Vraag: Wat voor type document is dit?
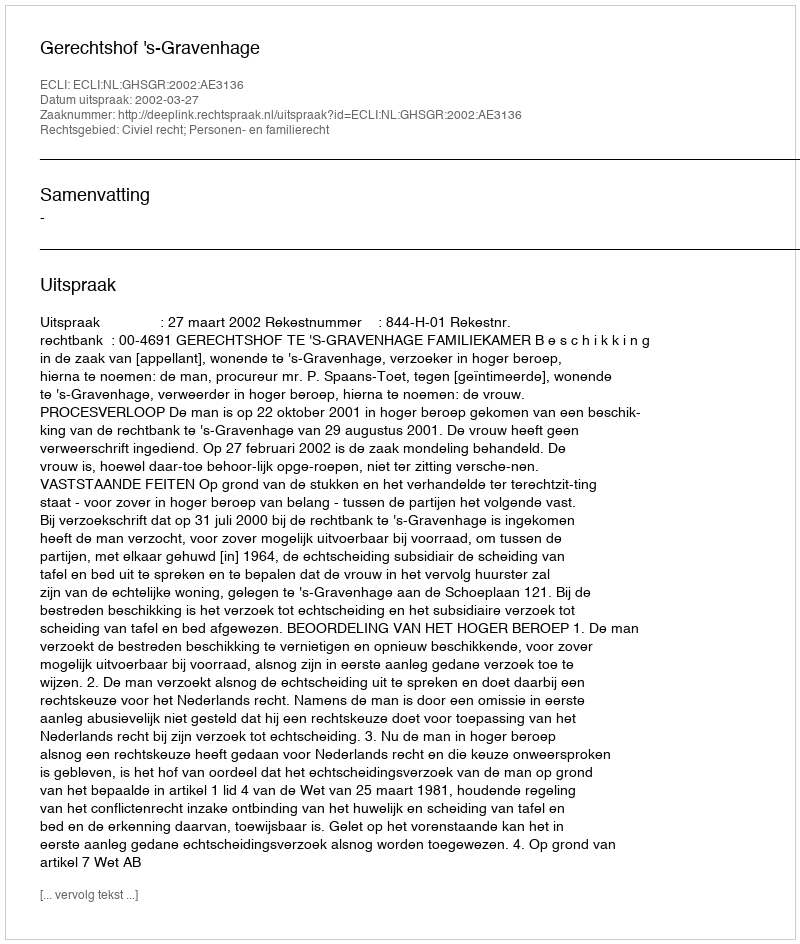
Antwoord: Uitspraak